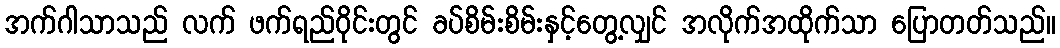
အက်ဂါသာသည် လက် ဖက်ရည်ဝိုင်းတွင် ခပ်စိမ်းစိမ်းနှင့်တွေ့လျှင် အလိုက်အထိုက်သာ ပြောတတ်သည်။